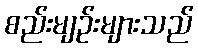
စည်းမျဉ်းများသည်